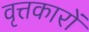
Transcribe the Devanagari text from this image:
वृत्तकारों